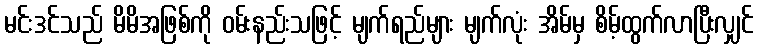
မင်းဒင်သည် မိမိအဖြစ်ကို ဝမ်းနည်းသဖြင့် မျက်ရည်များ မျက်လုံး အိမ်မှ စိမ့်ထွက်လာပြီးလျှင်